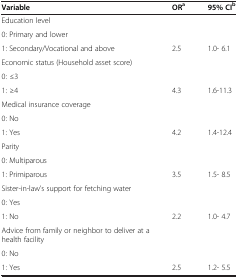
<table><thead><tr><td><b>Variable</b></td><td><b>OR<sup>a</sup></b></td><td><b>95% CI<sup>b</sup></b></td></tr></thead><tbody><tr><td>Education level</td><td> </td><td> </td></tr><tr><td>0: Primary and lower</td><td> </td><td> </td></tr><tr><td>1: Secondary/Vocational and above</td><td>2.5</td><td>1.0- 6.1</td></tr><tr><td>Economic status (Household asset score)</td><td> </td><td> </td></tr><tr><td>0: ≤3</td><td> </td><td> </td></tr><tr><td>1: ≥4</td><td>4.3</td><td>1.6-11.3</td></tr><tr><td>Medical insurance coverage</td><td> </td><td> </td></tr><tr><td>0: No</td><td> </td><td> </td></tr><tr><td>1: Yes</td><td>4.2</td><td>1.4-12.4</td></tr><tr><td>Parity</td><td> </td><td> </td></tr><tr><td>0: Multiparous</td><td> </td><td> </td></tr><tr><td>1: Primiparous</td><td>3.5</td><td>1.5- 8.5</td></tr><tr><td>Sister-in-law’s support for fetching water</td><td> </td><td> </td></tr><tr><td>0: Yes</td><td> </td><td> </td></tr><tr><td>1: No</td><td>2.2</td><td>1.0- 4.7</td></tr><tr><td>Advice from family or neighbor to deliver at a health facility</td><td> </td><td> </td></tr><tr><td>0: No</td><td> </td><td> </td></tr><tr><td>1: Yes</td><td>2.5</td><td>1.2- 5.5</td></tr></tbody></table>